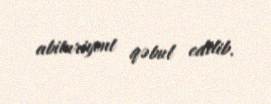
abituriyent qəbul edilib.